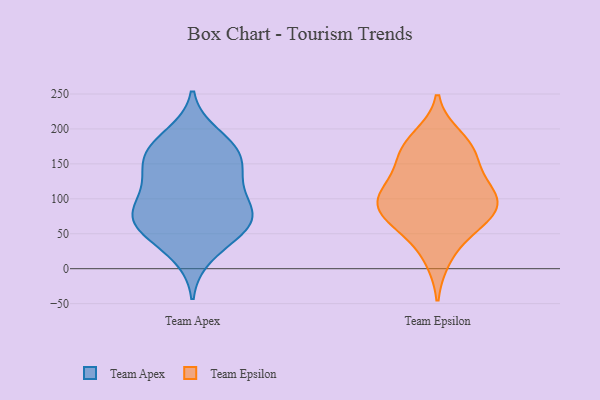
{"axis": {"x": "LTV (USD)", "y": "Value"}, "legend": ["Team Apex", "Team Epsilon"], "data": [{"x": "", "y": 82, "type": "Team Apex"}, {"x": "", "y": 44, "type": "Team Apex"}, {"x": "", "y": 97, "type": "Team Apex"}, {"x": "", "y": 176, "type": "Team Apex"}, {"x": "", "y": 157, "type": "Team Apex"}, {"x": "", "y": 75, "type": "Team Apex"}, {"x": "", "y": 126, "type": "Team Apex"}, {"x": "", "y": 191, "type": "Team Apex"}, {"x": "", "y": 56, "type": "Team Apex"}, {"x": "", "y": 19, "type": "Team Apex"}, {"x": "", "y": 77, "type": "Team Apex"}, {"x": "", "y": 172, "type": "Team Apex"}, {"x": "", "y": 62, "type": "Team Apex"}, {"x": "", "y": 159, "type": "Team Apex"}, {"x": "", "y": 120, "type": "Team Apex"}, {"x": "", "y": 142, "type": "Team Apex"}, {"x": "", "y": 72, "type": "Team Apex"}, {"x": "", "y": 89, "type": "Team Epsilon"}, {"x": "", "y": 88, "type": "Team Epsilon"}, {"x": "", "y": 120, "type": "Team Epsilon"}, {"x": "", "y": 59, "type": "Team Epsilon"}, {"x": "", "y": 165, "type": "Team Epsilon"}, {"x": "", "y": 165, "type": "Team Epsilon"}, {"x": "", "y": 16, "type": "Team Epsilon"}, {"x": "", "y": 99, "type": "Team Epsilon"}, {"x": "", "y": 187, "type": "Team Epsilon"}, {"x": "", "y": 63, "type": "Team Epsilon"}, {"x": "", "y": 105, "type": "Team Epsilon"}, {"x": "", "y": 78, "type": "Team Epsilon"}, {"x": "", "y": 169, "type": "Team Epsilon"}, {"x": "", "y": 120, "type": "Team Epsilon"}]}